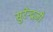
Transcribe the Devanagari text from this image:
सुरेन्द्रजी